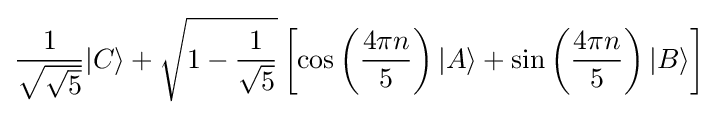
{\frac {1}{\sqrt {\sqrt {5}}}}|C\rangle +{\sqrt {1-{\frac {1}{\sqrt {5}}}}}\left[\cos \left({\frac {4\pi n}{5}}\right)|A\rangle +\sin \left({\frac {4\pi n}{5}}\right)|B\rangle \right]